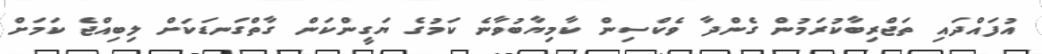
އުފައްދައި ތަޖްރިބާކުރަމުން ގެންދާ ވެކްސިން ކާމިޔާބުވާނެ ކަމުގެ ޔަގީންކަން ގާތްގަނޑަކަށް ލިބިއްޖެ ކަމަށް